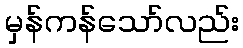
မှန်ကန်သော်လည်း